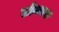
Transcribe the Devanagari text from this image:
सोमयश